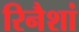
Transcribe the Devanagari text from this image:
रिनैशां